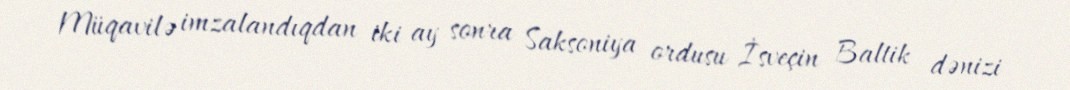
Müqavilə imzalandıqdan iki ay sonra Saksoniya ordusu İsveçin Baltik dənizi